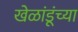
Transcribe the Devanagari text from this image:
खेळांडूंच्या